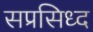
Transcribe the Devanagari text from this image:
सप्रसिध्द